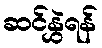
ဆင်နွှဲရန်